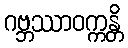
ဂဗ္ဘဿာဝက္ကန္တိ